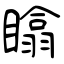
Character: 䁯